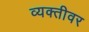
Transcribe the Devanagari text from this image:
व्‍यक्‍तीवर